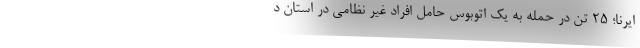
ایرنا؛ ۲۵ تن در حمله به یک اتوبوس حامل افراد غیر نظامی در استان د